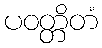
ပဝတ္တိတံ